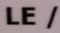
LE/